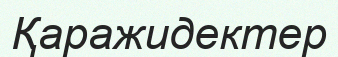
Қаражидектер